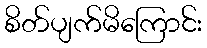
စိတ်ပျက်မိကြောင်း